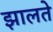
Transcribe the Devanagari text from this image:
झालते